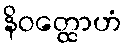
နိဝတ္ထောဟံ